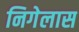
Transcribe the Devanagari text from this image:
निगेलास